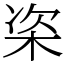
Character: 栥